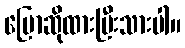
ပြောဆိုထားပြီးသားပါ။